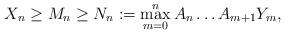
LaTeX: \begin{align*} X_n\ge M_n\ge N_n:=\max_{m=0}^nA_n\ldots A_{m+1}Y_{m},\end{align*}